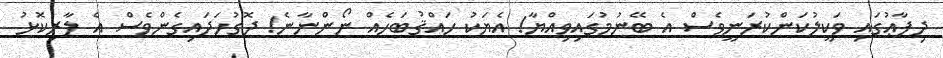
ދިފާޢުގައި ވަކީލުކަންކުރަނީވެސް އެ ބޭނުމުގައިވިއްޔާ! އެޔަކު ހައްޤުބަހެއް ނޯންނާނެ! ދޮގުހަދައިގެންވެސް އެ ލާރިކޮޅު